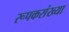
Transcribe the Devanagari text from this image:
रूपकसंख्या